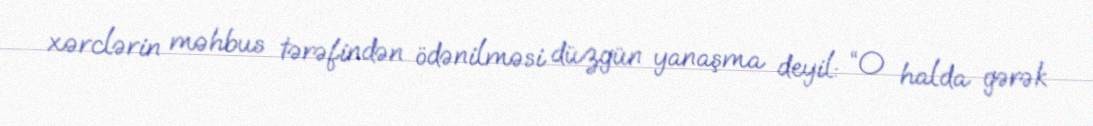
xərclərin məhbus tərəfindən ödənilməsi düzgün yanaşma deyil: “O halda gərək